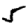
Digit: 5